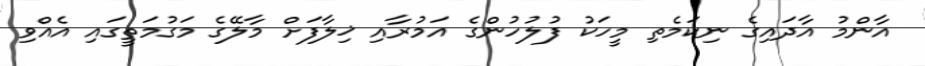
އާންމު އާދައިގެ ނިކަމެތި މީހަކު ފުލުހުންގެ އަމުރާއި ޚިލާފަށް މާލޭގެ މަގުމަތީގައި އެއްވި